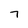
Character: 7